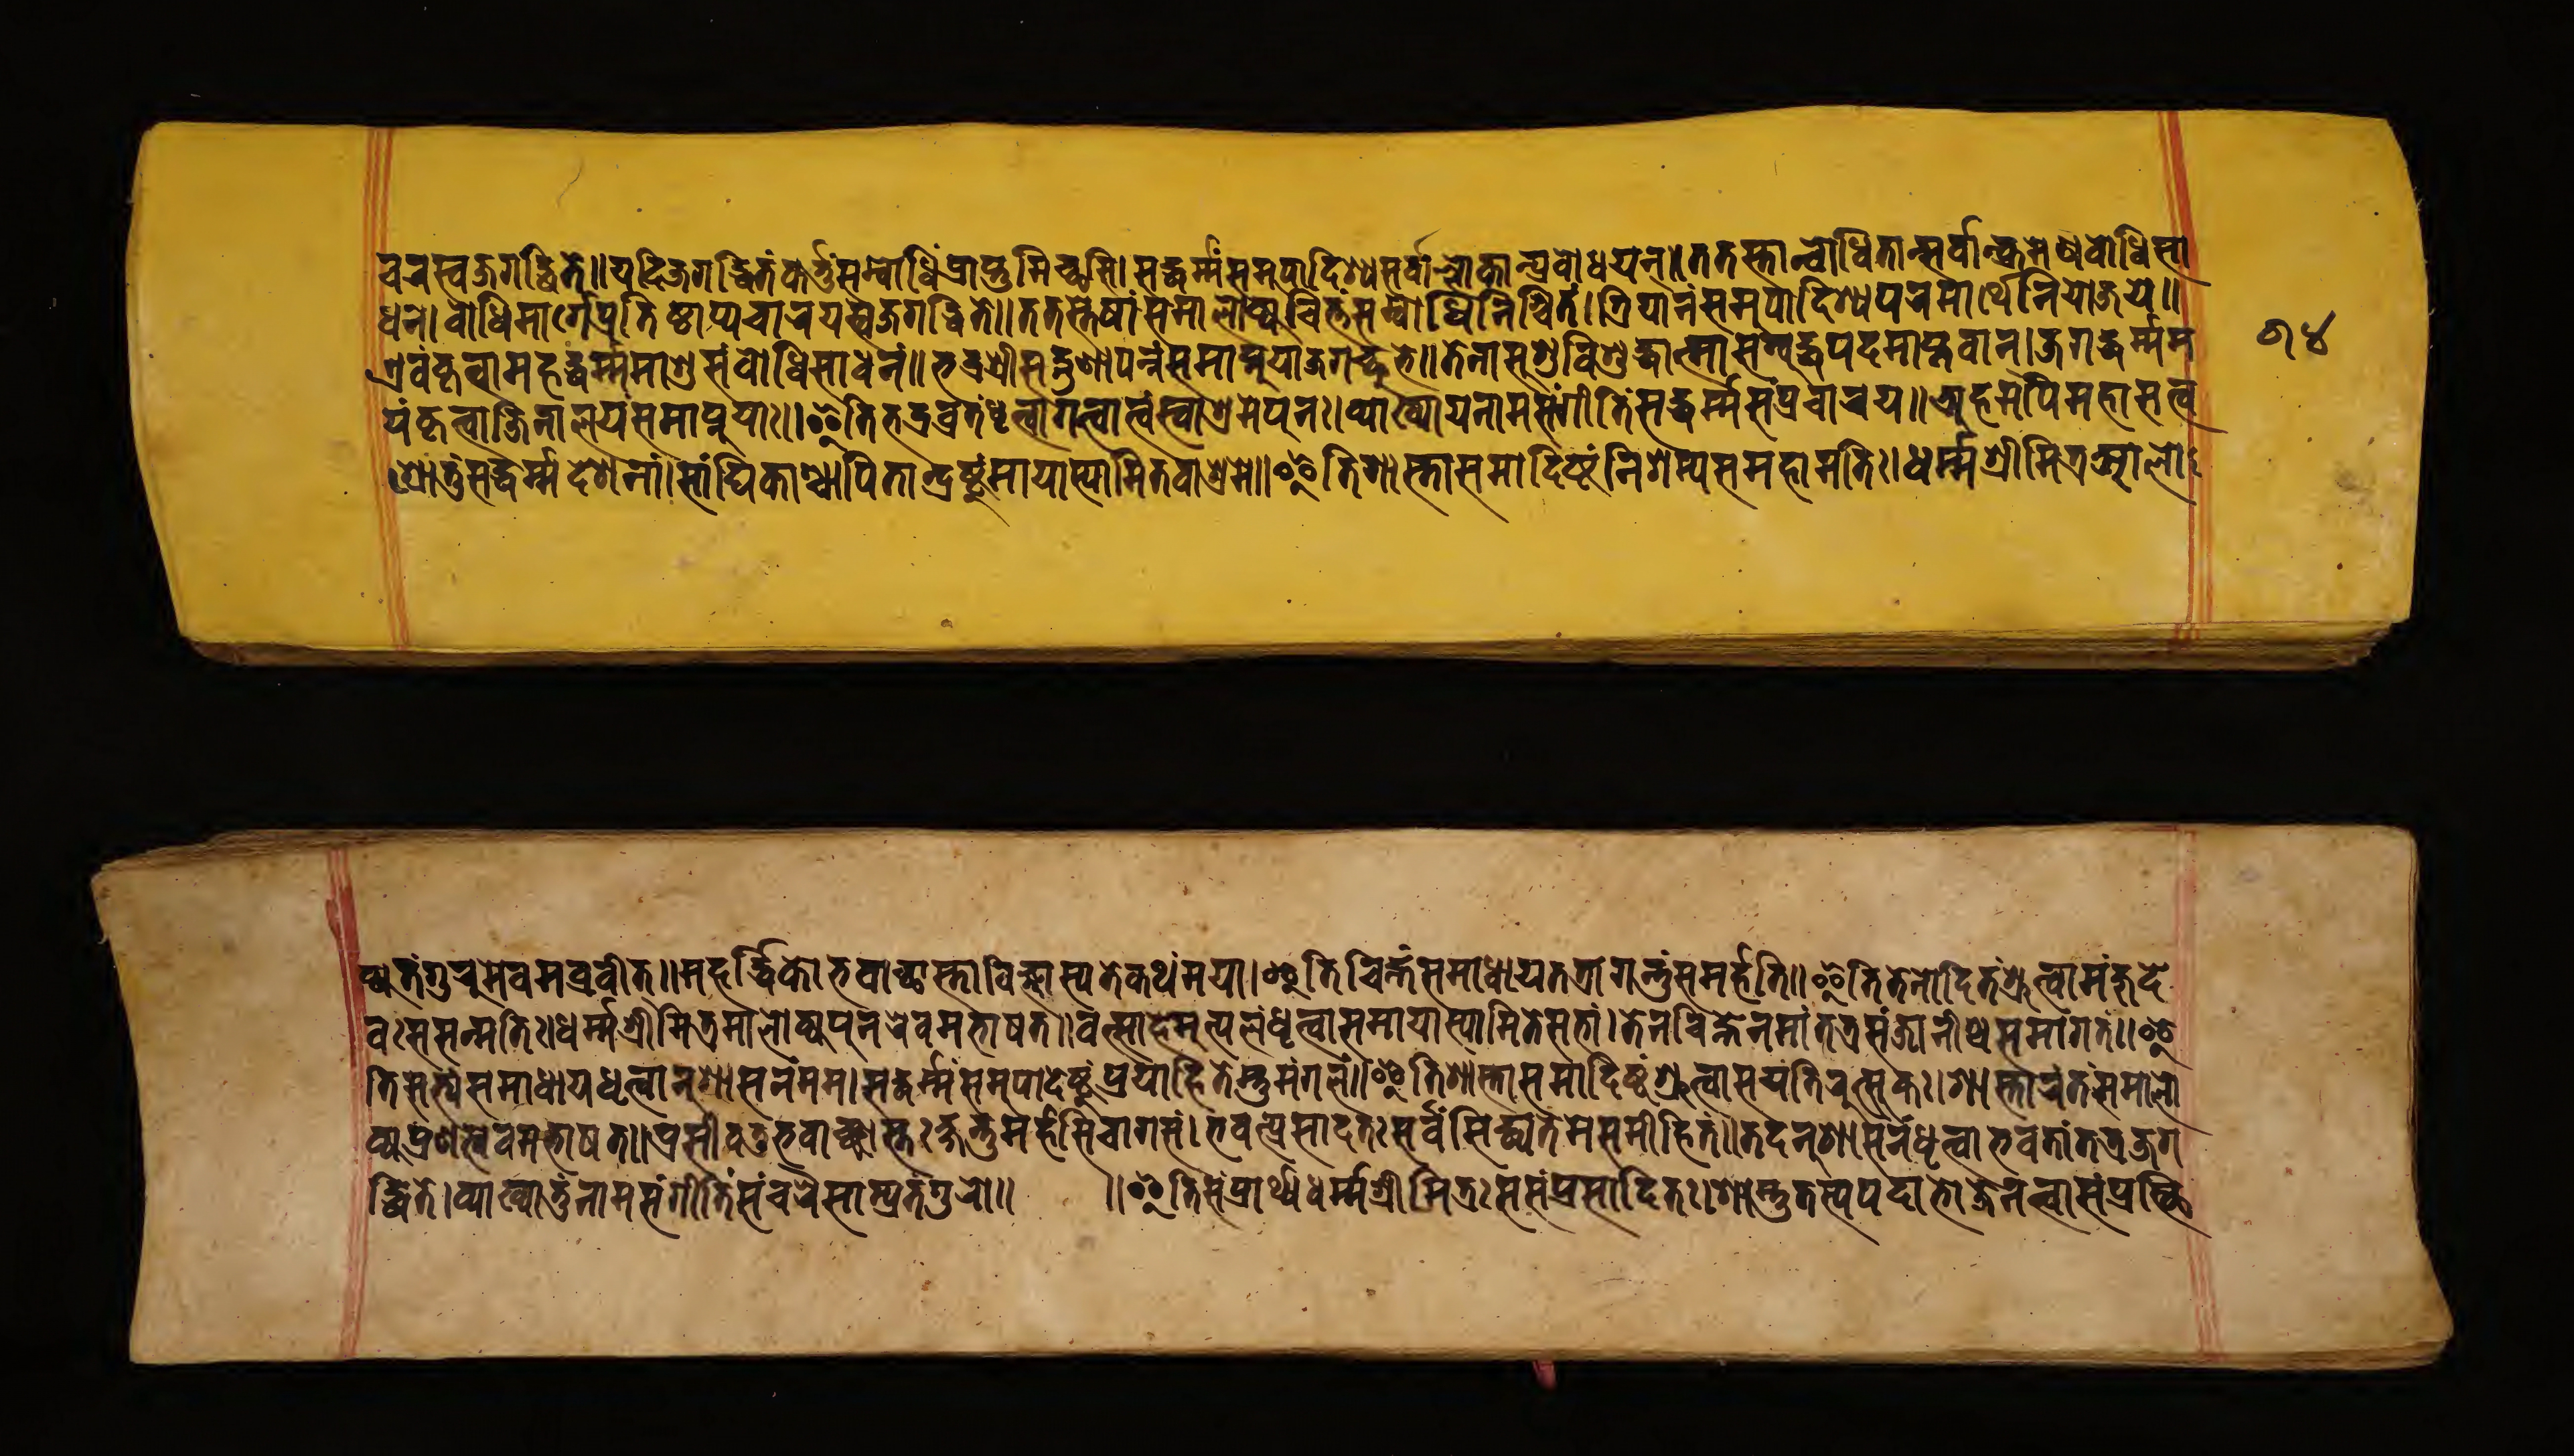
𑐔𑐬𑐳𑑂𑐰𑐖𑐐𑐡𑑂𑐢𑐶𑐟𑐾𑑌𑐫𑐡𑐶𑐖𑐐𑐡𑑂𑐢𑐶𑐟𑑄𑐎𑐬𑑂𑐟𑐸𑑄𑐳𑑄𑐧𑑀𑐢𑐶𑑄𑐥𑑂𑐬𑐵𑐥𑑂𑐣𑐸𑐩𑐶𑐔𑑂𑐕𑐳𑐶𑑋𑐳𑐡𑑂𑐢𑐬𑑂𑐩𑑄𑐳𑐩𑐸𑐥𑐵𑐡𑐶𑐱𑑂𑐫𑐳𑐬𑑂𑐰𑐵𑐣𑑂𑐮𑑀𑐎𑐵𑐣𑑂𑐥𑑂𑐬𑐰𑑀𑐢𑐫𑐣𑑂𑑌𑐟𑐟𑐳𑑂𑐟𑐵𑐣𑑂𑐧𑑀𑐢𑐶𑐟𑐵𑐣𑑂𑐳𑐬𑑂𑐰𑐵𑐣𑑂𑐎𑐩𑐾𑐣𑐧𑑀𑐢𑐶𑐳𑐵 𑐫𑑄𑐎𑐺𑐟𑑂𑐰𑐵𑐖𑐶𑐣𑐵𑐮𑐫𑑄𑐳𑐩𑐵𑐥𑑂𑐣𑐸𑐫𑐵𑑅𑑌𑐂𑐟𑐶𑐨𑐡𑑂𑐬𑐰𑑂𑐬𑐟𑑄𑐢𑐺𑐟𑑂𑐰𑐵𑐐𑐟𑑂𑐰𑐵𑐟𑑂𑐰𑑄𑐳𑑂𑐰𑐵𑐱𑑂𑐬𑐩𑐾𑐥𑐸𑐣𑑅𑑋𑐰𑑂𑐫𑐵𑐏𑑂𑐫𑐵𑐫𑐣𑐵𑐩𑐳𑑄𑐐𑐷𑐟𑐶𑑄𑐳𑐡𑑂𑐢𑐬𑑂𑐩𑑂𑐩𑑄𑐳𑑄𑐥𑑂𑐬𑐔𑐵𑐬𑐫𑑌𑐀𑐴𑐩𑐥𑐶𑐩𑐴𑐵𑐳𑐟𑑂𑐰 𑐱𑑂𑐬𑑀𑐟𑐸𑑄𑐟𑑂𑐰𑐡𑑂𑐢𑐬𑑂𑐩𑑂𑐩𑐡𑐾𑐱𑐣𑐵𑑄𑑋𑐳𑐵𑑄𑐑𑐶𑐎𑐵𑑄𑐱𑑂𑐔𑐵𑐥𑐶𑐟𑐵𑐣𑑂𑐡𑑂𑐬𑐸𑐲𑑂𑐚𑐸𑐩𑐵𑐫𑐵𑐳𑑂𑐫𑐵𑐩𑐶𑐟𑐰𑐵𑐱𑑂𑐬𑐩𑐾𑑌𑐂𑐟𑐶𑐱𑐵𑐳𑑂𑐟𑐵𑐳𑐩𑐵𑐡𑐶𑐲𑑂𑐚𑑄𑐣𑐶𑐱𑑄𑐩𑑂𑐫𑐳𑐩𑐴𑐵𑐩𑐟𑐶𑑅𑑋𑐢𑐬𑑂𑐩𑐱𑑂𑐬𑐷𑐩𑐶𑐟𑑂𑐬𑐁𑐮𑑀 𑐎𑑂𑐫𑑅𑐟𑑄𑐐𑐸𑐬𑐸𑐩𑐾𑐰𑐩𑐰𑑂𑐬𑐰𑐷𑐟𑑂𑑌𑐩𑐴𑐬𑑂𑐡𑑂𑐢𑐶𑐎𑑀𑐨𑐐𑐰𑐵𑐘𑑂𑐕𑐵𑐳𑑂𑐟𑐰𑐶𑐖𑑂𑐘𑐵𑐳𑑂𑐫𑐟𑐾𑐎𑐠𑑄𑐩𑐫𑐵𑑋𑐂𑐟𑐶𑐔𑐶𑐴𑑂𑐣𑑄𑐳𑐩𑐵𑐢𑐵𑐫𑐟𑐟𑑂𑐬𑐵𑐐𑐣𑑂𑐟𑐸𑑄𑐳𑐩𑐬𑑂𑐴𑐟𑐶𑑌𑐂𑐟𑐶𑐟𑐾𑐣𑑀𑐡𑐶𑐟𑑄𑐱𑑂𑐬𑐸𑐟𑑂𑐰𑐵𑐩𑐘𑑂𑐖𑐸𑐡𑐾 𑐰𑑅𑐳𑐳𑐣𑑂𑐩𑐟𑐶𑑋𑐢𑐬𑑂𑐩𑐱𑑂𑐬𑐷𑐩𑐶𑐟𑑂𑐬𑐩𑐵𑐮𑑀𑐎𑑂𑐫𑑅𑐥𑐸𑐣𑐬𑐾𑐰𑐩𑐨𑐵𑐲𑐟𑑌𑐰𑐟𑑂𑐳𑐵𑐴𑐩𑐸𑐟𑑂𑐥𑐮𑑄𑐢𑐺𑐟𑑂𑐰𑐵𑐳𑐩𑐵𑐫𑐵𑐳𑑂𑐫𑐵𑐩𑐶𑐟𑐾𑐳𑐨𑐵𑑄𑑋𑐟𑐾𑐣𑐔𑐶𑐴𑑂𑐣𑐾𑐣𑐩𑐵𑑄𑐫𑐵𑐟𑐳𑑄𑐖𑐵𑐣𑐷𑐲𑑂𑐰𑐳𑐩𑐵𑐐𑐟𑑄𑑌𑐂 𑐟𑐶𑐳𑐟𑑂𑐫𑑄𑐳𑐩𑐵𑐢𑐵𑐫𑐢𑐺𑐟𑑂𑐰𑐵𑐣𑐸𑐱𑐵𑐳𑐣𑑄𑐩𑐩𑑋𑐳𑐡𑑂𑐢𑐬𑑂𑐩𑑂𑐩𑐳𑐩𑐸𑐥𑐵𑐡𑐾𑐲𑑂𑐚𑐸𑑄𑐥𑑂𑐬𑐰𑐵𑐴𑐶𑐟𑐾𑐳𑑂𑐟𑐸𑐩𑑄𑐐𑐮𑑄𑑌𑐂𑐟𑐶𑐱𑐵𑐳𑑂𑐟𑐵𑐳𑐩𑐵𑐡𑐶𑐲𑑂𑐚𑑄𑐱𑑂𑐬𑐸𑐟𑑂𑐰𑐵𑐳𑐫𑐟𑐶𑐬𑐸𑐟𑑂𑐳𑐸𑐎𑑅𑑋𑐱𑐵𑐳𑑂𑐟𑐵𑐬𑑄𑐟𑑄𑐳𑐩𑐵𑐮𑑀 𑐎𑑂𑐫𑐥𑑂𑐬𑐞𑐟𑑂𑐰𑐿𑐰𑐩𑐨𑐵𑐲𑐟𑑌𑐥𑑂𑐬𑐳𑐷𑐡𑐟𑐸𑐨𑐐𑐰𑐵𑐘𑑂𑐕𑐵𑐳𑑂𑐟𑐵𑑅𑐎𑑂𑐲𑐣𑑂𑐟𑐸𑐩𑐬𑑂𑐴𑐟𑐶𑐔𑐵𑐐𑐳𑑄𑑋𑐨𑐰𑐟𑑂𑐥𑑂𑐬𑐳𑐵𑐡𑐟𑑅𑐳𑐬𑑂𑐰𑐾𑐳𑐶𑐢𑑂𑐫𑐟𑐾𑐩𑐾𑐳𑐩𑐷𑐴𑐶𑐟𑑄𑑌𑐟𑐡𑐣𑐸𑐱𑐵𑐳𑐣𑑄𑐢𑐺𑐟𑑂𑐰𑐵𑐨𑐰𑐟𑐵𑑄𑐟𑐟𑑂𑐬𑐖𑐐 𑐢𑐣𑑄𑑋𑐧𑑀𑐢𑐶𑐩𑐵𑐬𑑂𑐐𑐾𑐥𑑂𑐬𑐟𑐶𑐲𑑂𑐛𑐵𑐥𑑂𑐫𑐔𑐵𑐬𑐫𑐳𑑂𑐰𑐖𑐐𑐡𑑂𑐢𑐶𑐟𑐾𑑌𑐟𑐟𑐳𑑂𑐟𑐾𑐲𑐵𑑄𑐳𑐩𑐵𑐮𑑀𑐎𑑂𑐫𑐔𑐶𑐟𑑂𑐟𑑄𑐳𑑄𑐧𑑀𑐢𑐶𑐣𑐶𑐱𑑂𑐔𑐶𑐟𑑄𑑌𑐟𑑂𑐬𑐶𑐫𑐵𑐣𑑄𑐳𑐩𑐸𑐥𑐵𑐡𑐶𑐱𑑂𑐫𑐥𑐬𑐩𑐵𑐬𑑂𑐠𑐾𑐣𑐶𑐫𑑀𑐖𑐫𑐾𑑌 𑐊𑐰𑑄𑐎𑐺𑐟𑑂𑐰𑐵𑐩𑐴𑐡𑑂𑐢𑐬𑑂𑐩𑐩𑐵𑐱𑐸𑐳𑐩𑑂𑐧𑑀𑐢𑐶𑐳𑐵𑐢𑐣𑑄𑑌𑐨𑐡𑑂𑐬𑐱𑑂𑐬𑐷𑐳𑐡𑑂𑐐𑐸𑐞𑐵𑐥𑐣𑑂𑐣𑐵𑑄𑐳𑐩𑐵𑐥𑑂𑐣𑐸𑐫𑐵𑐖𑐐𑐔𑑂𑐕𑐸𑐨𑐾𑑌𑐟𑐾𑐣𑐵𑐱𑐸𑑅𑐥𑐬𑐶𑐱𑐸𑐡𑑂𑐢𑐵𑐟𑑂𑐩𑐵𑐳𑐩𑑂𑐧𑐸𑐡𑑂𑐢𑐥𑐡𑐩𑐵𑐥𑑂𑐟𑐰𑐵𑐣𑑂𑑋𑐖𑐐𑐡𑑂𑐢𑐬𑑂𑐩𑑂𑐩𑐩 𑐡𑑂𑐢𑐶𑐟𑐾𑑋𑐰𑑂𑐫𑐵𑐏𑑂𑐫𑐵𑐟𑐸𑑄𑐣𑐵𑐩𑐳𑑄𑐐𑐷𑐟𑐶𑐳𑑄𑐔𑐬𑐾𑐳𑐵𑐩𑑂𑐥𑑂𑐬𑐟𑑄𑐐𑐸𑐬𑑀𑑅𑑌 𑑌𑐂𑐟𑐶𑐳𑑄𑐥𑑂𑐬𑐵𑐬𑑂𑐠𑑂𑐫𑐢𑐬𑑂𑐩𑑂𑐩𑐱𑑂𑐬𑐷𑐩𑐶𑐟𑑂𑐬𑐳𑑅𑐳𑑄𑐥𑑂𑐬𑐵𑐳𑐵𑐡𑐶𑐟𑑅𑑋𑐱𑐵𑐳𑑂𑐟𑐸𑐳𑑂𑐟𑐳𑑂𑐫𑐥𑐡𑐵𑐩𑑂𑐨𑑀𑐖𑑄𑐣𑐟𑑂𑐰𑐵𑐳𑑄𑐥𑑂𑐬𑐳𑑂𑐠𑐶 𑑖𑑔